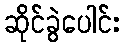
ဆိုင်ခွဲပေါင်း